Report of the King Institute of Preventive Medicine, Guindy
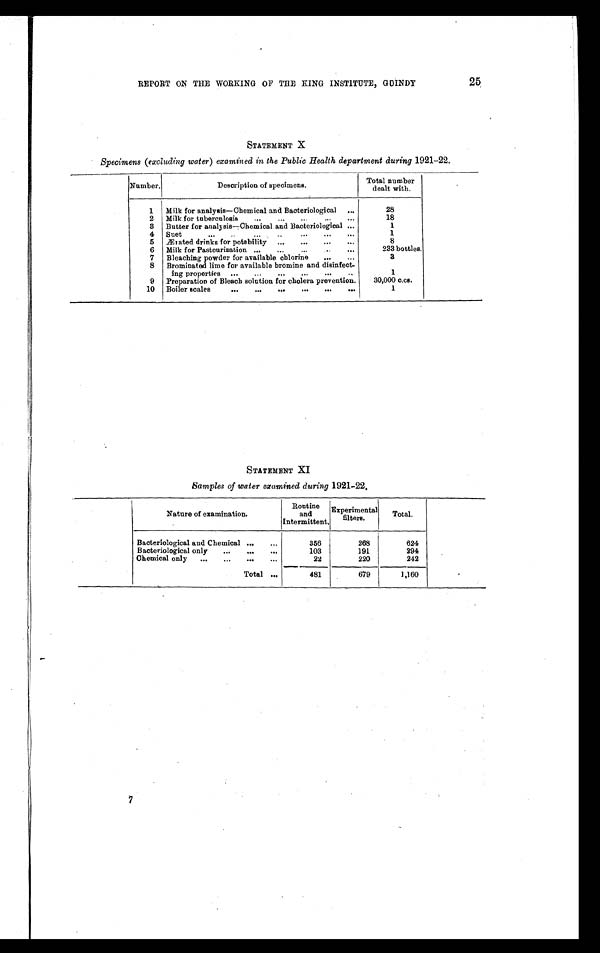
25
REPORT ON THE WORKING OF THE KING INSTITUTE, GUINDY
STATEMENT X
Specimens (excluding water) examined in the Public Health department during 1921-22.
Number.
Description of specimens.
Total number
dealt with.
1
Milk for analysis—Chemical and Bacteriological . . .
28
2
Milk for tuberculosis . . .
18
3
Butter for analysis—Chemical and Bacteriological . . .
1
4
Suet . . .
1
5
Ærated drinks for potability . . .
8
6
Milk for Pasteurization . . .
233 bottles.
7
Bleaching powder for available chlorine . . .
3
8
Brominated lime for available bromine and disinfect-
ing properties . . .
1
9
Preparation of Bleach solution for cholera prevention.
30,000 c.cs.
10
Boiler scales . . .
1
STATEMENT XI
Samples of water examined during 1921-22.
Nature of examination.
Routine
and
Intermittent.
Experimental
filters.
Total.
Bacteriological and Chemical . . .
356
268
624
Bacteriological only . . .
103
191
294
Chemical only . . .
22
220
242
Total . . .
481
679
1,160